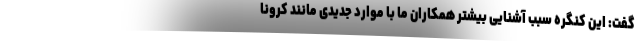
گفت: این کنگره سبب آشنایی بیشتر همکاران ما با موارد جدیدی مانند کرونا